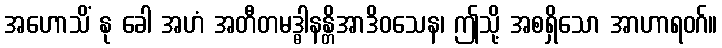
အဟောသိံ နု ခေါ အဟံ အတီတမဒ္ဓါနန္တိအာဒိဝသေန၊ ဤသို့ အစရှိသော အာဟာရဝဂ်။